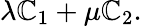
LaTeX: \lambda\mathbb{C}_{1}+\mu\mathbb{C}_{2}.